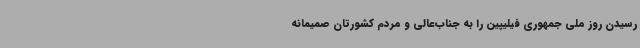
رسیدن روز ملی جمهوری فیلیپین را به جناب‌عالی و مردم کشورتان صمیمانه